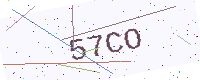
Text: 57CO